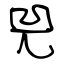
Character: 兕